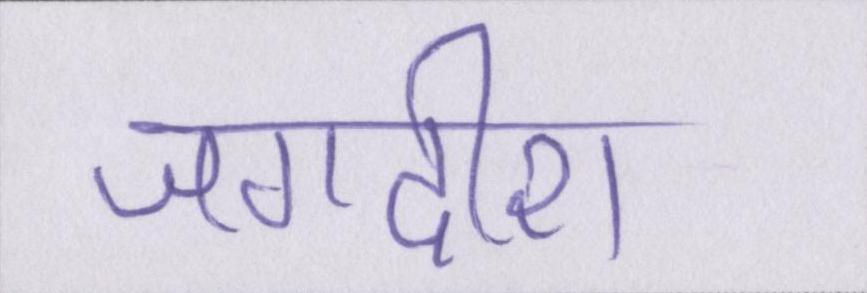
जगदीश